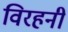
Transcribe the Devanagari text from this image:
विरहनी